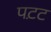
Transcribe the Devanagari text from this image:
पट़ट